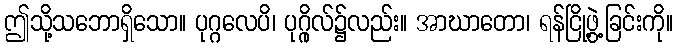
ဤသို့သဘောရှိသော။ ပုဂ္ဂလေပိ၊ ပုဂ္ဂိုလ်၌လည်း။ အာဃာတော၊ ရန်ငြို့ဖွဲ့ခြင်းကို။